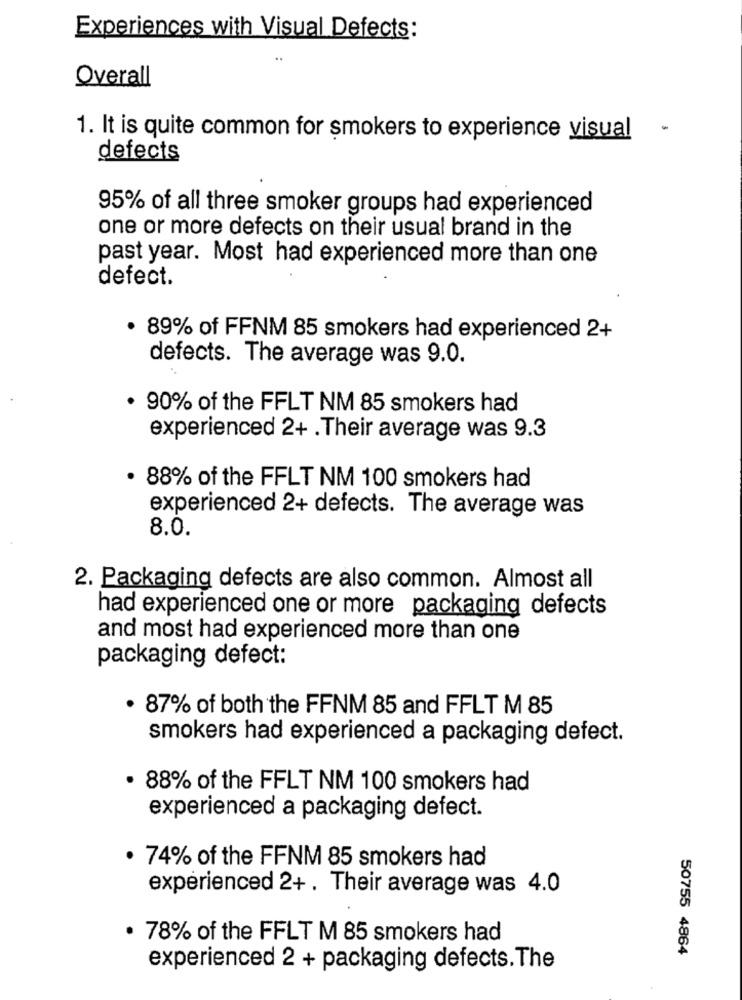
Experiences with Visual Defects:
Overall
-
1. It is quite common for smokers to experience visual
defects
95% of all three smoker groups had experienced
one or more defects on their usual brand in the
past year. Most had experienced more than one
defect.
· 89% of FFNM 85 smokers had experienced 2+
defects. The average was 9.0.
. 90% of the FFLT NM 85 smokers had
experienced 2+ .Their average was 9.3
. 88% of the FFLT NM 100 smokers had
experienced 2+ defects. The average was
8.0.
2. Packaging defects are also common. Almost all
had experienced one or more packaging defects
and most had experienced more than one
packaging defect:
. 87% of both the FFNM 85 and FFLT M 85
smokers had experienced a packaging defect.
. 88% of the FFLT NM 100 smokers had
experienced a packaging defect.
. 74% of the FFNM 85 smokers had
experienced 2+ . Their average was 4.0
· 78% of the FFLT M 85 smokers had
50755 4864
experienced 2 + packaging defects. The